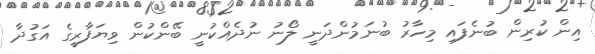
އިން ކުރިން ބުނެފައި މިހާރު ބުނަމުންދަނީ ލޯނު ނުދެއްކުނީ ބޭންކުން ވިޔަފާރީގެ އަގުދާ